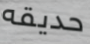
حديقه